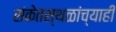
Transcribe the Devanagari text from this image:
संकेतस्थळांच्याही